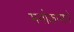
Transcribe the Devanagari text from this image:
मनोकामने